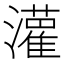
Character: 𫞞